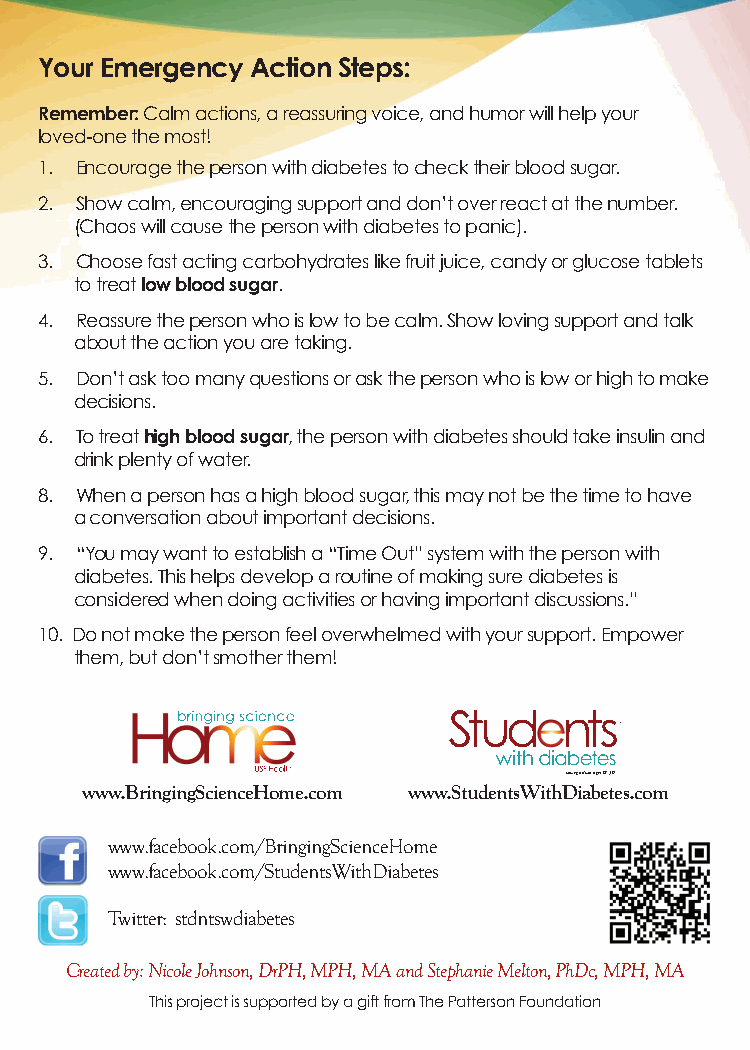
Your Emergency Action Steps:
 Remember: Calm actions, a reassuring voice, and humor will help your
 loved-one the most!
 1. Encourage the person with diabetes to check their blood sugar.
 2. Show calm, encouraging support and don’t over react at the number.
 (Chaos will cause the person with diabetes to panic).
 3. Choose fast acting carbohydrates like fruit juice, candy or glucose tablets
 to treat low blood sugar.
 4. Reassure the person who is low to be calm. Show loving support and talk
 about the action you are taking.
 5. Don’t ask too many questions or ask the person who is low or high to make
 decisions.
 6. To treat high blood sugar, the person with diabetes should take insulin and
 drink plenty of water.
 8. When a person has a high blood sugar, this may not be the time to have
 a conversation about important decisions.
 9. “You may want to establish a “Time Out” system with the person with
 diabetes. This helps develop a routine of making sure diabetes is
 considered when doing activities or having important discussions.”
 10. Do not make the person feel overwhelmed with your support. Empower
 them, but don’t smother them!
 …young adults ages 18-30
 www.BringingScienceHome.com www.StudentsWithDiabetes.com
 www.facebook.com/BringingScienceHome
 www.facebook.com/StudentsWithDiabetes
 Twitter: stdntswdiabetes
 Created by: Nicole Johnson, DrPH, MPH, MA and Stephanie Melton, PhDc, MPH, MA
 This project is supported by a gift from The Patterson Foundation